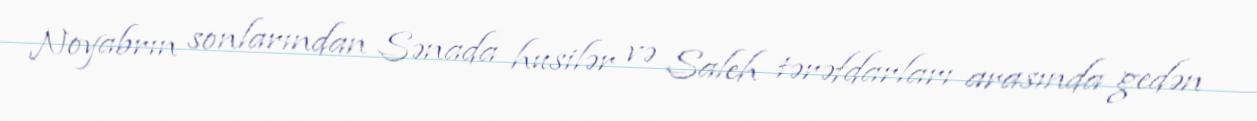
Noyabrın sonlarından Sənada husilər və Saleh tərəfdarları arasında gedən